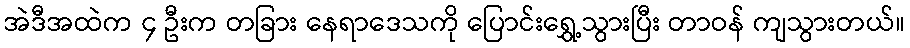
အဲဒီအထဲက ၄ ဦးက တခြား နေရာဒေသကို ပြောင်းရွှေ့သွားပြီး တာဝန် ကျသွားတယ်။